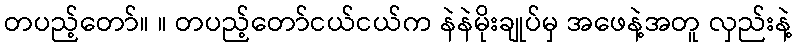
တပည့်တော်။ ။ တပည့်တော်ငယ်ငယ်က နဲနဲမိုးချုပ်မှ အဖေနဲ့အတူ လှည်းနဲ့